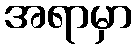
အရာမှာ